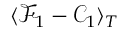
\langle \mathcal { F } _ { 1 } - \mathcal { C } _ { 1 } \rangle _ { T }